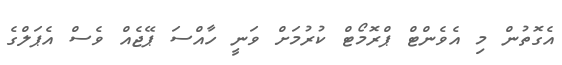
އެގޮތުން މި އެވެންޓް ޕްރޮމޯޓް ކުރުމަށް ވަނީ ހާއްސަ ޕޭޖެއް ވެސް އެޕަލްގެ